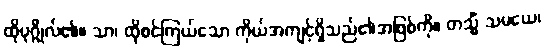
ထိုပုဂ္ဂိုလ်၏။ သာ၊ ထိုစင်ကြယ်သော ကိုယ်အကျင့်ရှိသည်၏အဖြစ်ကို။ တသ္မိံ သမယေ၊